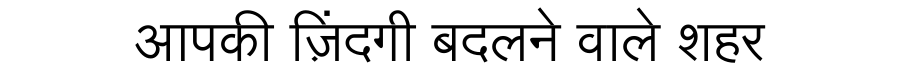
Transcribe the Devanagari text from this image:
आपकी ज़िंदगी बदलने वाले शहर